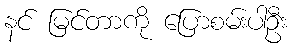
နင် မြင်တာကို ပြောစမ်းပါဦး